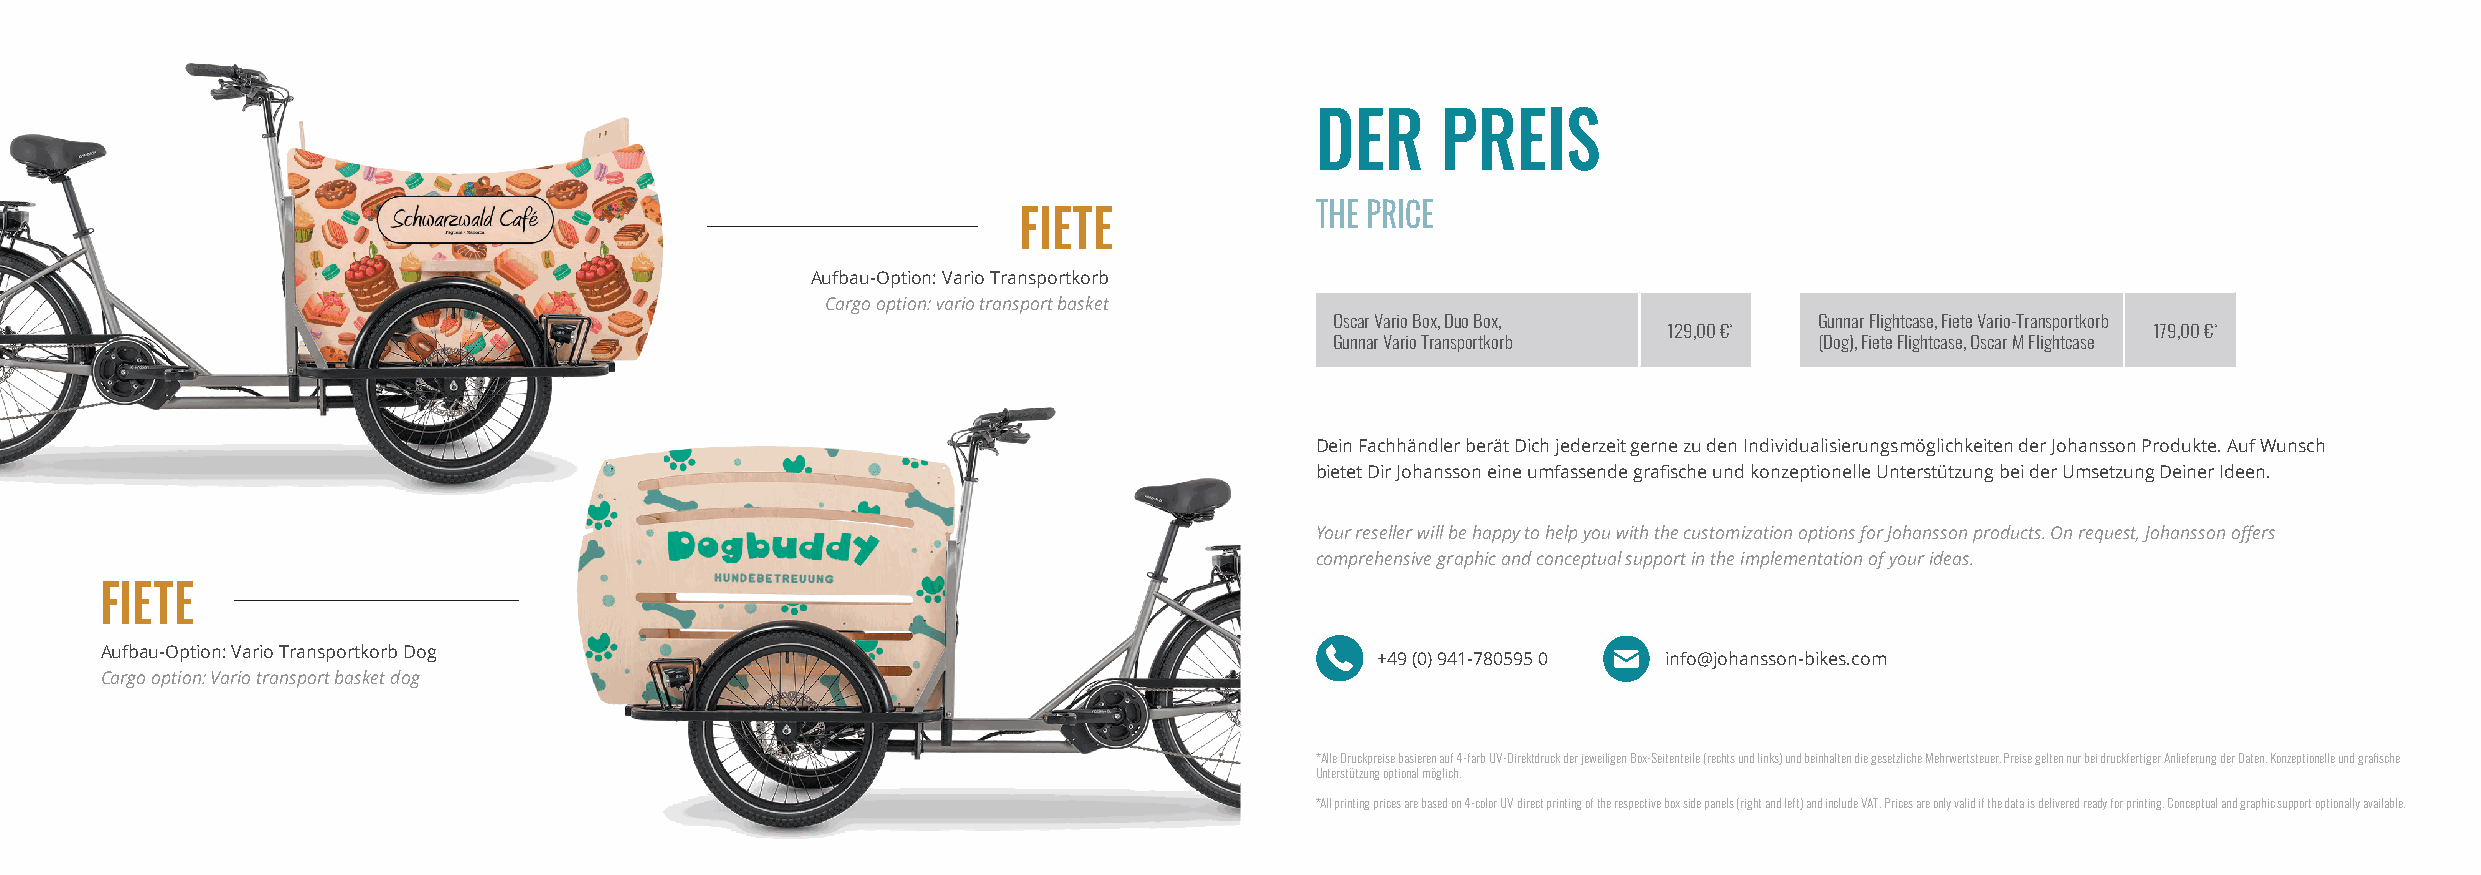
DER     PREIS
 THE PRICE
 FIETE
 Aufbau-Option: Vario Transportkorb
 Cargo option: vario transport basket
 Oscar Vario Box, Duo Box,       Gunnar Flightcase, Fiete Vario-Transportkorb
 129,00 €*                       179,00 €*
 Gunnar Vario Transportkorb      (Dog), Fiete Flightcase, Oscar M Flightcase
 Dein Fachhändler berät Dich jederzeit gerne zu den Individualisierungsmöglichkeiten der Johansson Produkte. Auf Wunsch
 bietet Dir Johansson eine umfassende grafi sche und konzeptionelle Unterstützung bei der Umsetzung Deiner Ideen.
 Your reseller will be happy to help you with the customization options for Johansson products. On request, Johansson off ers
 comprehensive graphic and conceptual support in the implementation of your ideas.
 FIETE
 Aufbau-Option: Vario Transportkorb Dog
 +49 (0) 941-780595 0 info@johansson-bikes.com
 Cargo option: Vario transport basket dog
 *Alle Druckpreise basieren auf 4-farb UV-Direktdruck der jeweiligen Box-Seitenteile (rechts und links) und beinhalten die gesetzliche Mehrwertsteuer. Preise gelten nur bei druckfertiger Anlieferung der Daten. Konzeptionelle und grafi sche
 Unterstützung optional möglich.
 *All printing prices are based on 4-color UV direct printing of the respective box side panels (right and left) and include VAT. Prices are only valid if the data is delivered ready for printing. Conceptual and graphic support optionally available.